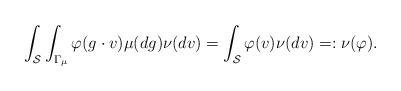
LaTeX: \begin{align*}\int_{\mathcal{S}} \int_{\Gamma_{\mu}} \varphi(g \cdot v) \mu(dg) \nu(dv) = \int_{\mathcal{S}} \varphi(v) \nu(dv) =: \nu(\varphi). \end{align*}